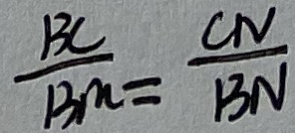
\frac { B C } { B M } = \frac { C N } { B N }